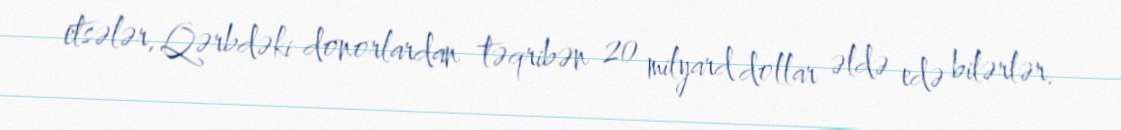
etsələr, Qərbdəki donorlardan təqribən 20 milyard dollar əldə edə bilərlər.